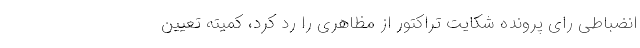
انضباطی رای پرونده شکایت تراکتور از مظاهری را رد کرد، کمیته تعیین